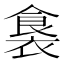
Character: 𮖛